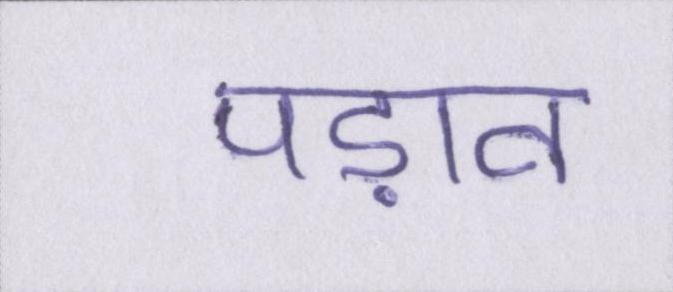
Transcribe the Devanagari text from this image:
पड़ाव